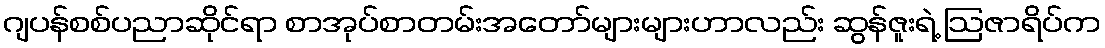
ဂျပန်စစ်ပညာဆိုင်ရာ စာအုပ်စာတမ်းအတော်များများဟာလည်း ဆွန်ဇူးရဲ့ ဩဇာရိပ်က